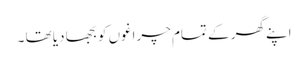
اپنے گھر کے تمام چراغوں کو بجھا دیا تھا ۔